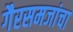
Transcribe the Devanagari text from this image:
गैरसमजांचा